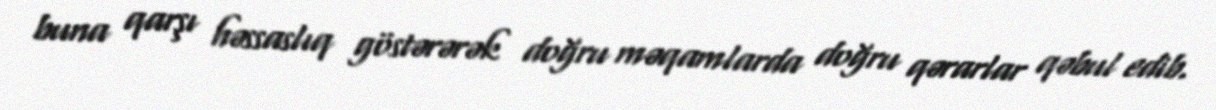
buna qarşı həssaslıq göstərərək doğru məqamlarda doğru qərarlar qəbul edib.